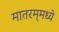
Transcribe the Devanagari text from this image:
मातरम्‌मध्ये